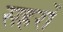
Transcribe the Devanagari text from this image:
सहरों